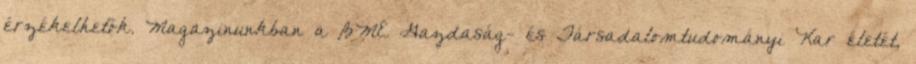
érzékelhetők. Magazinunkban a BME Gazdaság- és Társadalomtudományi Kar életét,